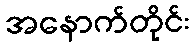
အနောက်တိုင်း